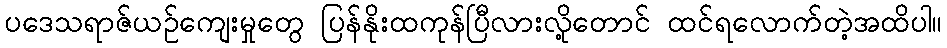
ပဒေသရာဇ်ယဉ်ကျေးမှုတွေ ပြန်နိုးထကုန်ပြီလားလို့တောင် ထင်ရလောက်တဲ့အထိပါ။